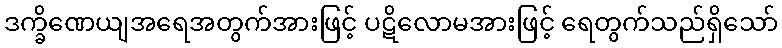
ဒက္ခိဏေယျအရေအတွက်အားဖြင့် ပဋိလောမအားဖြင့် ရေတွက်သည်ရှိသော်